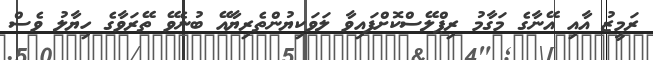
ރަމީޒު އާއި އޭނާގެ މަގާމު ރިޕްލޭސްކޮށްފައިވާ ލަވަކިޔުންތެރިޔާއޭ ބުނެވޭ ތޭރަވާގެ ހިޔާލު ވެސް